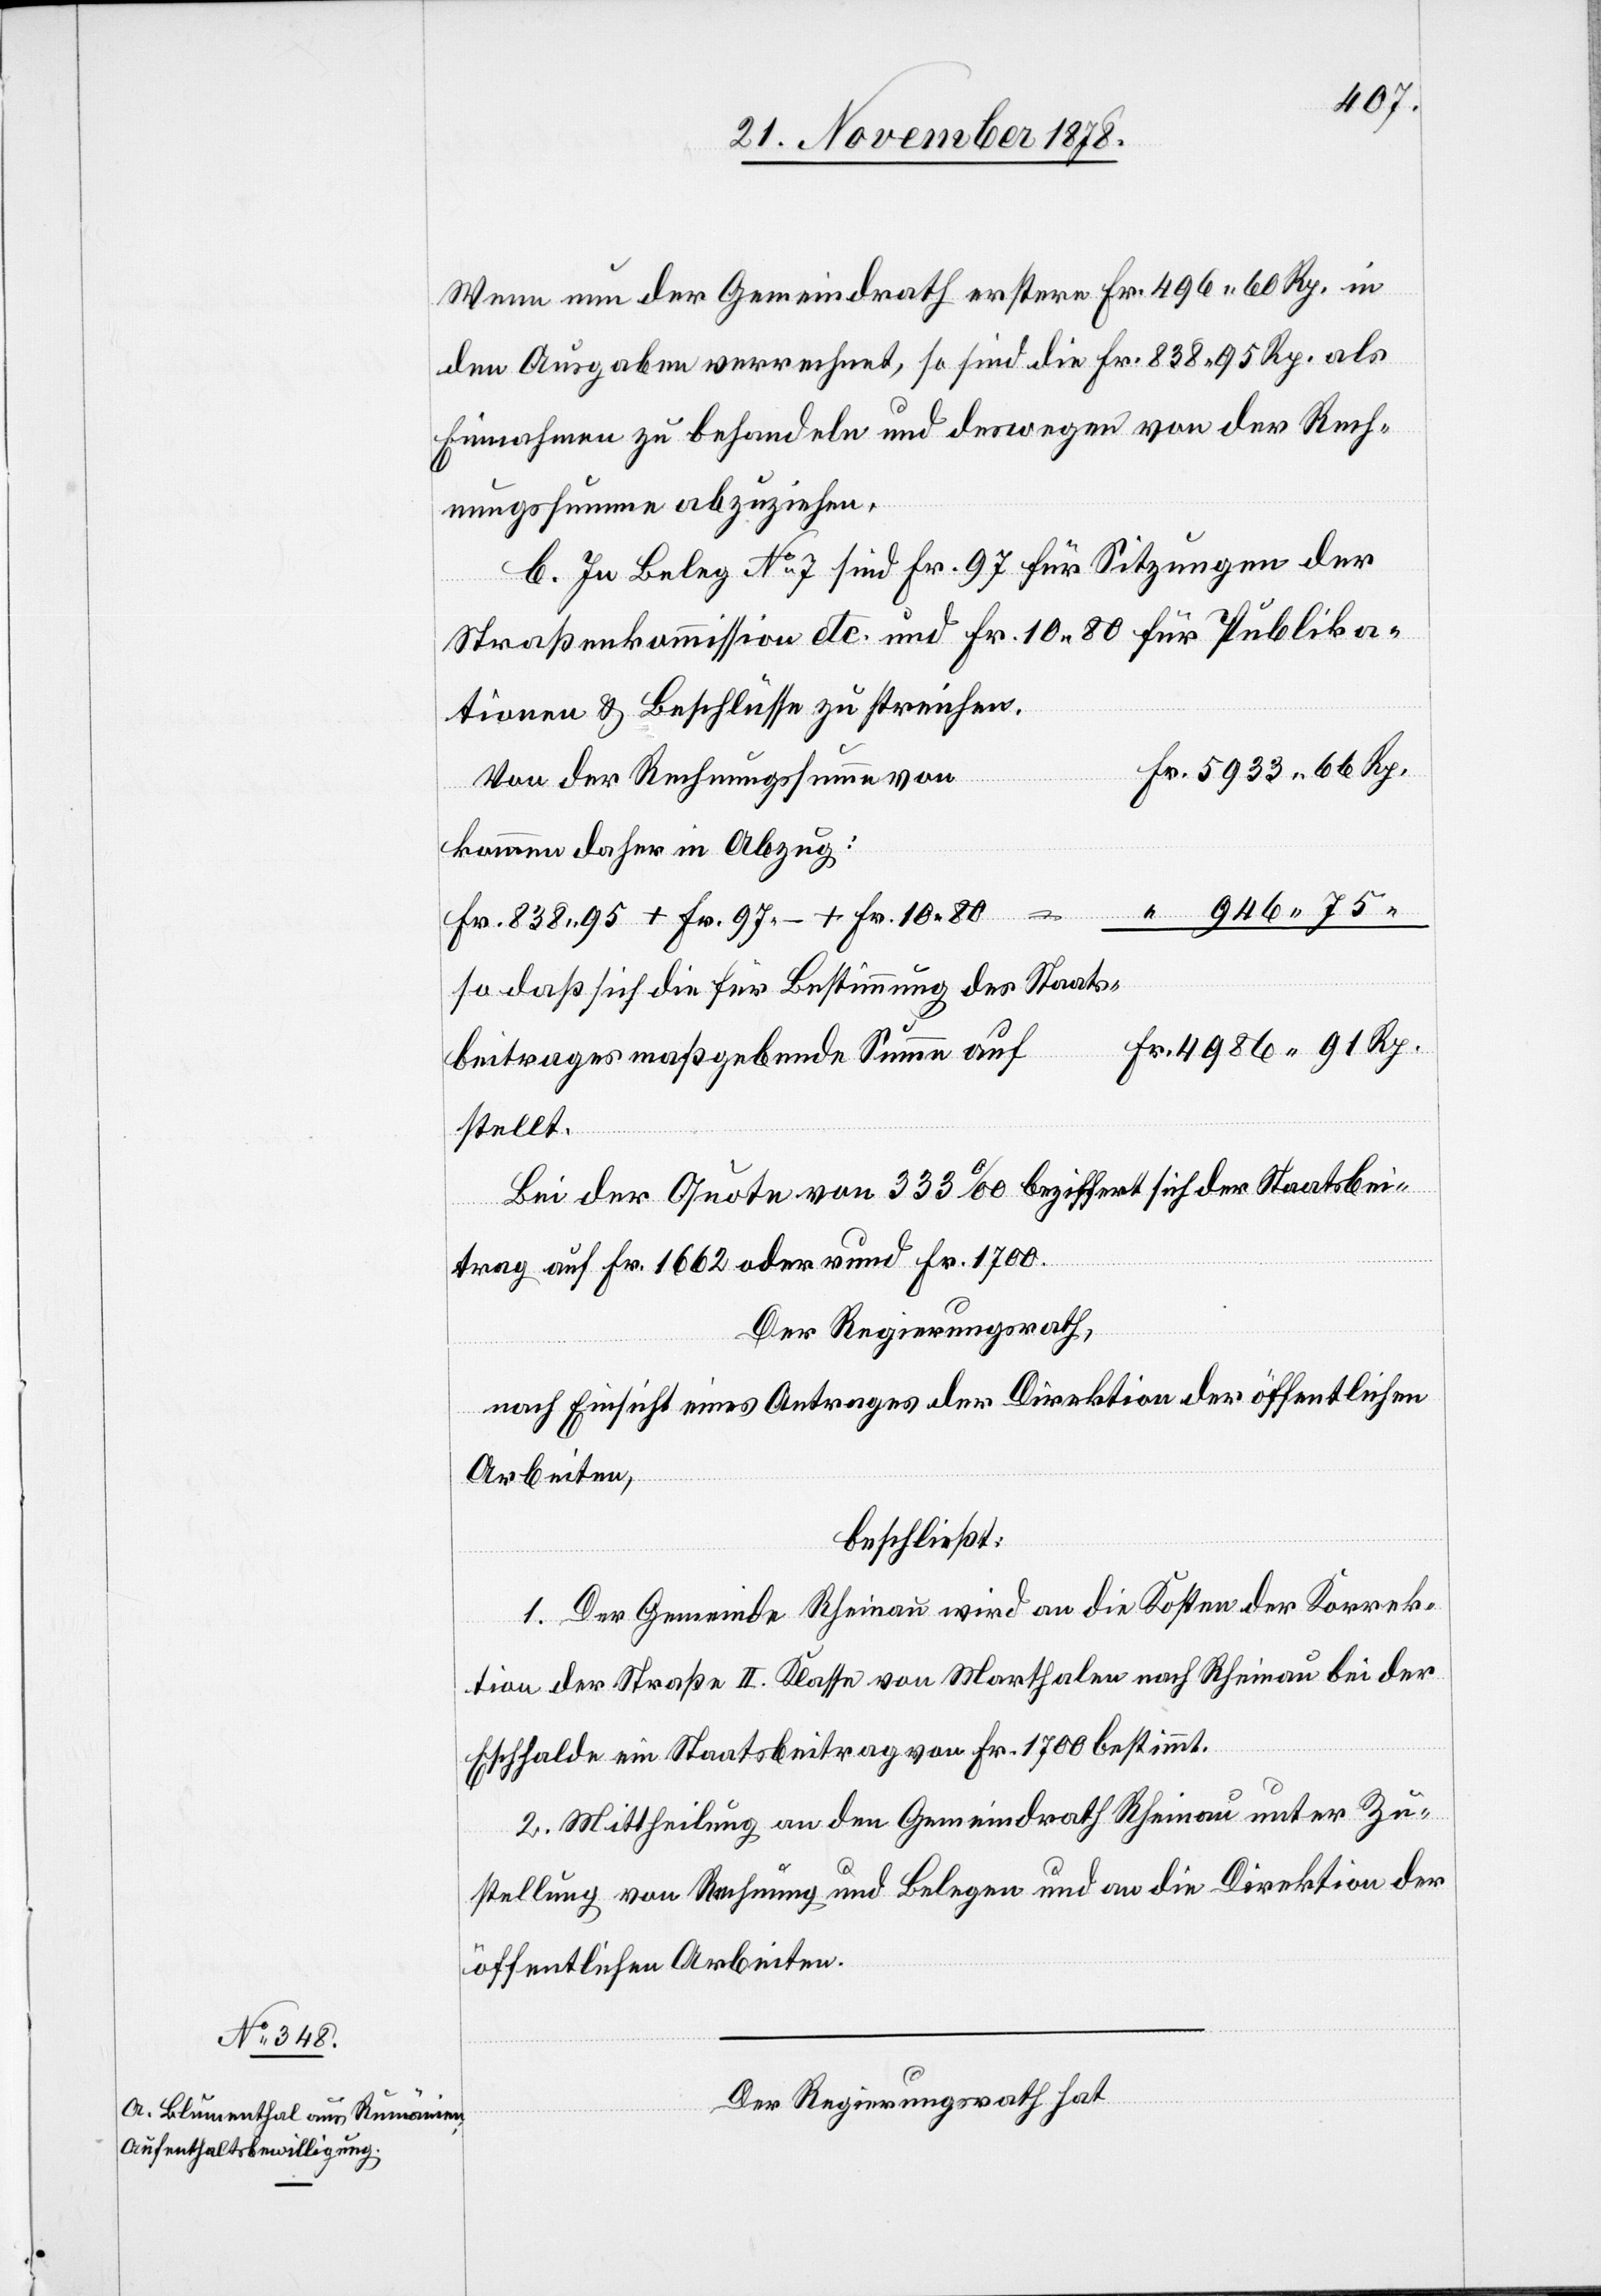
Wenn nun der Gemeindrath erstere Fr. 496 60 Rp. in
den Ausgaben verrechnet, so sind die Fr. 838 95 Rp. als
Einnahmen zu behandeln und deswegen von der Rech¬
nungssumme abzuziehen.
b. In Beleg No 7 sind Fr. 97 für Sitzungen der
Straßenkommission etc. und Fr. 10 80 für Publika¬
tionen & Beschlüsse zu streichen.
Von der Rechnungssumme von
kommen daher in Abzug:
Fr. 838 95 + Fr. 97 – + Fr. 10 80 =
so daß sich die für Bestimmung des Staats¬
Summe
stellt.
Bei der Quote von 333‰ beziffert sich der Staatsbei¬
Fr.
trag auf Fr. 1662 oder rund Fr. 1700.
Der Regierungsrath,
nach Einsicht eines Antrages der Direktion der öffentlichen
auf
Arbeiten,
beschließt:
1. Der Gemeinde Rheinau wird an die Kosten der Korrek¬
tion der Straße II. Klasse von Marthalen nach Rheinau bei der
Eschhalde ein Staatsbeitrag von Fr. 1700 bestimmt.
2. Mittheilung an den Gemeindrath Rheinau unter Zu¬
stellung von Rechnung und Belegen und an die Direktion der
öffentlichen Arbeiten.
Der Regierungsrath hat